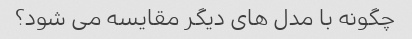
چگونه با مدل های دیگر مقایسه می شود؟